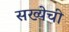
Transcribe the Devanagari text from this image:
सख्येची